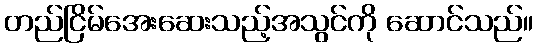
တည်ငြိမ်အေးဆေးသည့်အသွင်ကို ဆောင်သည်။